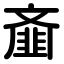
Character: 齑